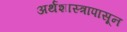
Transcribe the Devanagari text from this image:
अर्थशास्त्रापासून